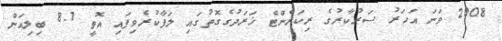
2008 ވަނަ އަހަރު ސަރުކާރުގެ ރިކަރެންޓް ޚަރަދުގެގޮތުގައި ލަފާކުރެވިފައި އޮތީ 8.7 ބިލިއަން